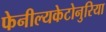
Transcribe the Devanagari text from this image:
फेनील्यकेटोनुरिया